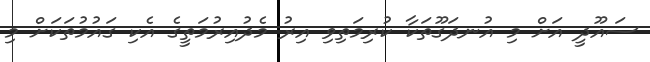
ސައޫދީ އަށް މި އުނދަގޫތަކާ ކުރިމަތިވި އިރު މެދުއިރުމަތީގެ އެކި ގައުމުތަކަށް މި